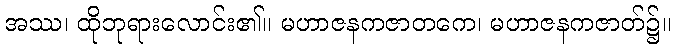
အဿ၊ ထိုဘုရားလောင်း၏။ မဟာဇနကဇာတကေ၊ မဟာဇနကဇာတ်၌။